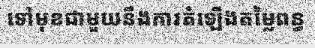
ទៅមុខជាមួយនឹងការតំឡើងតម្លៃពន្ធ